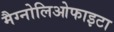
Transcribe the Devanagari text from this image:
मैग्नोलिओफाइटा